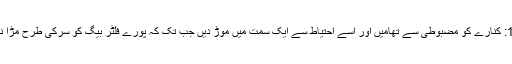
مرحلہ 11: کنارے کو مضبوطی سے تھامیں اور اسے احتیاط سے ایک سمت میں موڑ دیں جب تک کہ پورے فلٹر بیگ کو سرکی طرح مڑا نہ جاتا ہو۔